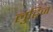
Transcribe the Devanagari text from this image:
लुट्विज